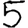
Digit: 5